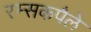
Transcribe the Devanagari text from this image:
रम्सकपैले